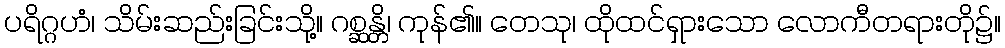
ပရိဂ္ဂဟံ၊ သိမ်းဆည်းခြင်းသို့။ ဂစ္ဆန္တိ၊ ကုန်၏။ တေသု၊ ထိုထင်ရှားသော လောကီတရားတို၌။